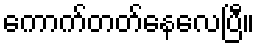
ကောက်တတ်နေလေပြီ။